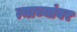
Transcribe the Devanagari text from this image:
त्याच्यांवर